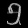
Digit: ၅